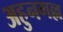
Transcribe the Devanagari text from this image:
अहुनगल्ल